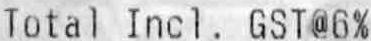
TOTAL INCL. GST@6%